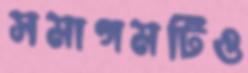
সমাগমটিও